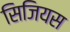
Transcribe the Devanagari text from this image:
सिजियस